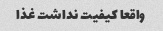
واقعا کیفیت نداشت غذا